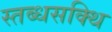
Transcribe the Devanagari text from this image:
स्तब्धसक्थि